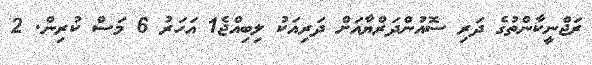
ރަޖްނީކާންތުގެ ދަރި ސޮއުންދަރްޔާއަށް ދަރިއަކު ލިބިއްޖެ1 އަހަރު 6 މަސް ކުރިން. 2